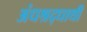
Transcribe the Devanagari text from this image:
अंधश्रद्धाथी